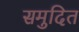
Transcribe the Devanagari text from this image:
समुदित